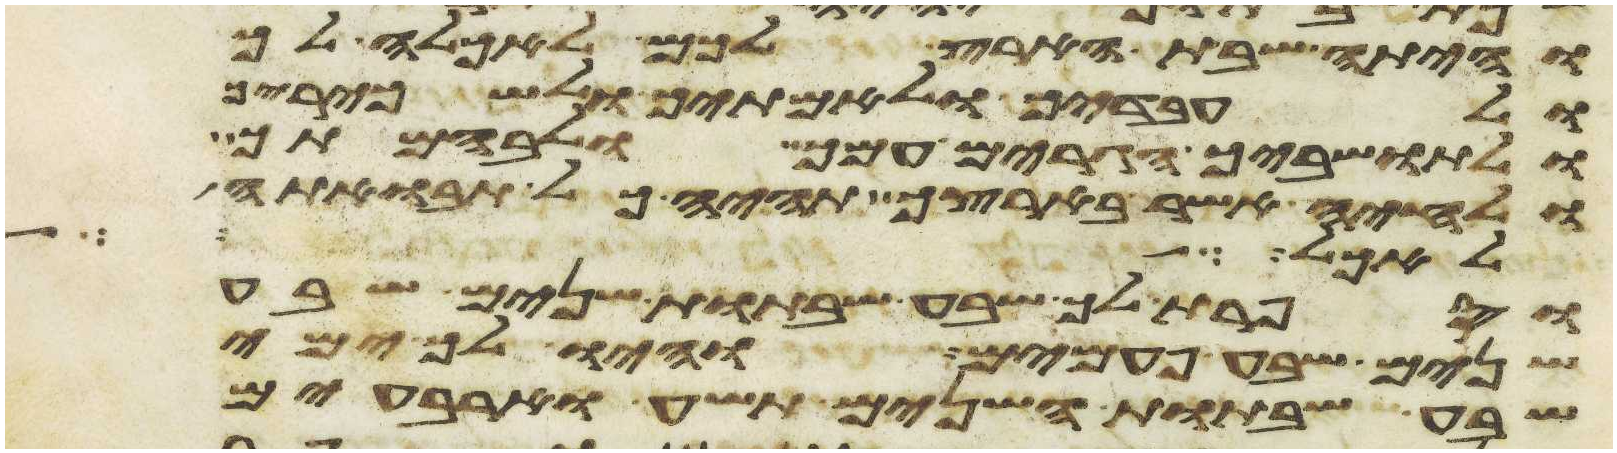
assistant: והיתה שבת הארץ לכם לאכלה לך
ולעבדיך ולאמתיך ולשכיריך
ולתושביך הגרים עמך ולבהמתך
ולחיה אשר בארצך תהיה כל תבואתה
לאהל על
וספרת לך שבע שבתות שנים שבע
שנים שבע פעמים והיו לך ימי
שבע שבתות השנים תשע וארבעים